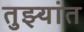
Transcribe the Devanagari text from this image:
तुझ्यांत